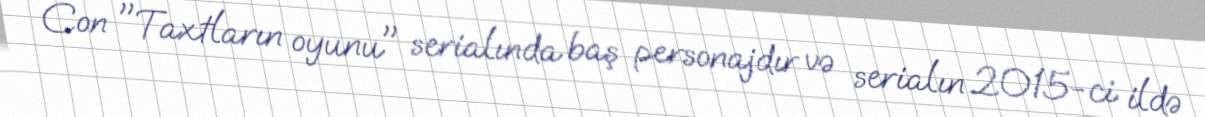
Con "Taxtların oyunu" serialında baş personajdır və serialın 2015-ci ildə